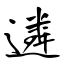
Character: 遴